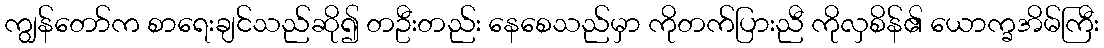
ကျွန်တော်က စာရေးချင်သည်ဆို၍ တဦးတည်း နေစေသည်မှာ ကိုတက်ပြားညီ ကိုလှစိန်၏ ယောက္ခအိမ်ကြီး